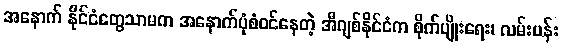
အနောက် နိုင်ငံတွေသာမက အနောက်ပုံစံဝင်နေတဲ့ အီဂျစ်နိုင်ငံက စိုက်ပျိုးရေး၊ လမ်းပန်း